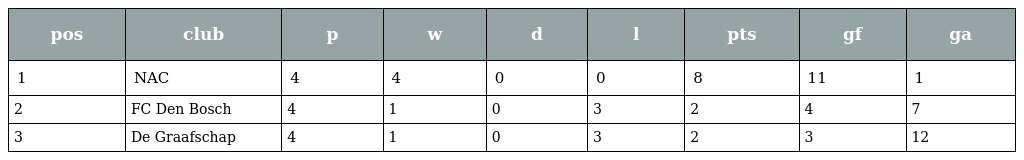
| pos | club | p | w | d | l | pts | gf | ga |
 | --- | --- | --- | --- | --- | --- | --- | --- | --- |
 | 1 | NAC | 4 | 4 | 0 | 0 | 8 | 11 | 1 |
 | 2 | FC Den Bosch | 4 | 1 | 0 | 3 | 2 | 4 | 7 |
 | 3 | De Graafschap | 4 | 1 | 0 | 3 | 2 | 3 | 12 |